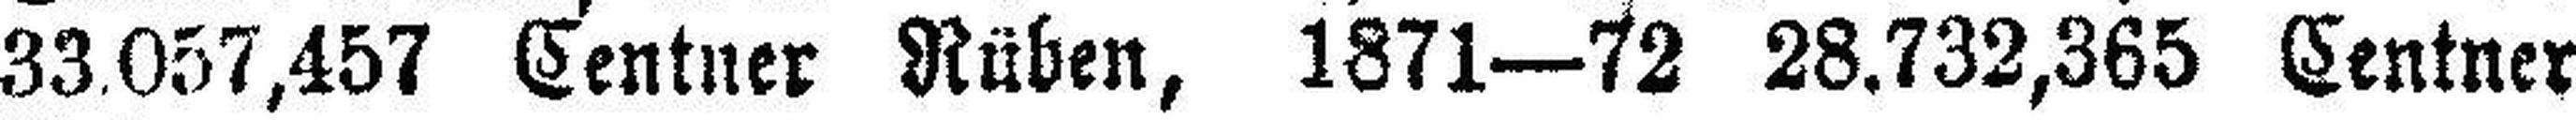
33.057,457 Centner Rüben, 1871—72 28.732,365 Centner